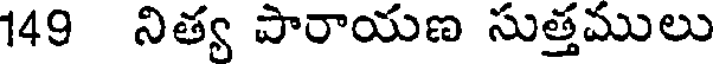
149 నిత్వ పారాయణ సుత్తములు